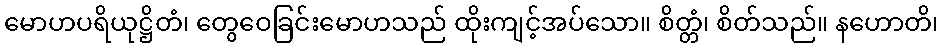
မောဟပရိယုဋ္ဌိတံ၊ တွေဝေခြင်းမောဟသည် ထိုးကျင့်အပ်သော။ စိတ္တံ၊ စိတ်သည်။ နဟောတိ၊